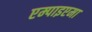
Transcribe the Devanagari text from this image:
एम्पाइएमा